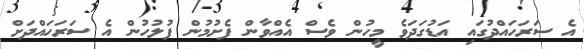
އެ ސަރަހައްދުގައި އަޑުގަދަވެ މީހުން ވެސް އެއްވާން ފެށުމުން ފުލުހުން އެ ސަރަހައްދަށް